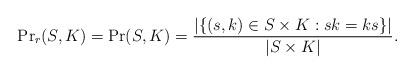
LaTeX: \begin{align*}{\Pr}_r(S, K) = \Pr(S, K) = \frac{|\lbrace(s, k) \in S\times K : sk = ks\rbrace|} {|S\times K|}.\end{align*}